Lunatic asylums Madras 1892-1911 - 1892-1911
Year: 1892
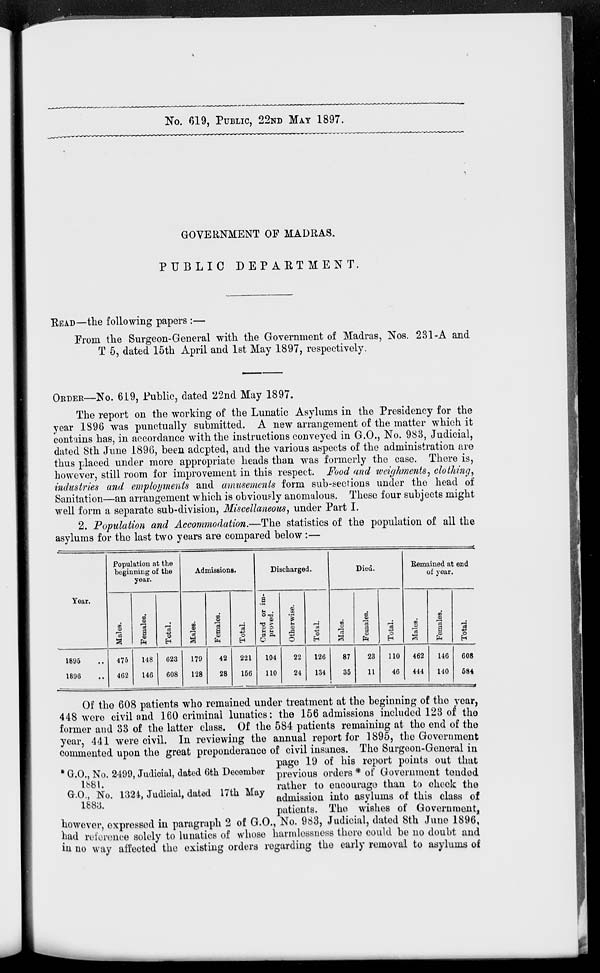
No. 619, PUBLIC, 22ND MAY 1897.
GOVERNMENT OF MADRAS.
PUBLIC DEPARTMENT.
READ—the following papers :—
From the Surgeon-General with the Government of Madras, Nos. 231-A and
T 5, dated 15th April and 1st May 1897, respectively.
ORDER—No. 619, Public, dated 22nd May 1897.
The report on the working of the Lunatic Asylums in the Presidency for the
year 1896 was punctually submitted. A new arrangement of the matter which it
contains has, in accordance with the instructions conveyed in G.O., No. 983, Judicial,
dated 8th June 1896, been adopted, and the various aspects of the administration are
thus placed under more appropriate heads than was formerly the case. There is,
however, still room for improvement in this respect. Food and weighments, clothing,
industries and employments and amusements form sub-sections under the head of
Sanitation—an arrangement which is obviously anomalous. These four subjects might
well form a separate sub-division, Miscellaneous, under Part I.
2. Population and Accommodation. —The statistics of the population of all the
asylums for the last two years are compared below :—
Year.
1895 ..
1896 ..
Population at the
beginning of the
year.
Males.
475
462
Females.
148
146
Total.
623
608
Admissions.
Males.
179
128
Females.
42
28
Total.
221
156
Discharged.
Cured or im-
proved.
104
110
Otherwise.
22
24
Total.
126
134
Died.
Males.
87
35
Females.
23
11
Total.
110
46
Remained at end
of year.
Males.
462
444
Females.
146
140
Total.
608
584
* G.O., No. 2499, Judicial, dated 6th December
l881.
G.O., No. 1324, Judicial, dated 17th May
1883.
Of the 608 patients who remained under treatment at the beginning of the year,
448 were civil and 160 criminal lunatics: the 156 admissions included 123 of the
former and 33 of the latter class. Of the 584 patients remaining at the end of the
year, 441 were civil. In reviewing the annual report for 1895, the Government
commented upon the great preponderance of civil insanes. The Surgeon-General in
page 19 of his report points out that
previous orders * of Government tended
rather to encourage than to check the
admission into asylums of this class of
patients. The wishes of Government,
however, expressed in paragraph 2 of G.O., No. 983, Judicial, dated 8th June 1896,
had reference solely to lunatics of whose harmlessness there could be no doubt and
in no way affected the existing orders regarding the early removal to asylums of